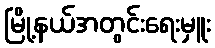
မြို့နယ်အတွင်းရေးမှူး